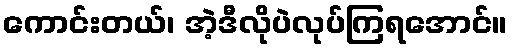
ကောင်းတယ်၊ အဲ့ဒီလိုပဲလုပ်ကြရအောင်။